Annual report of lunatic asylums [Bombay] - 1912-1922
Year: 1912
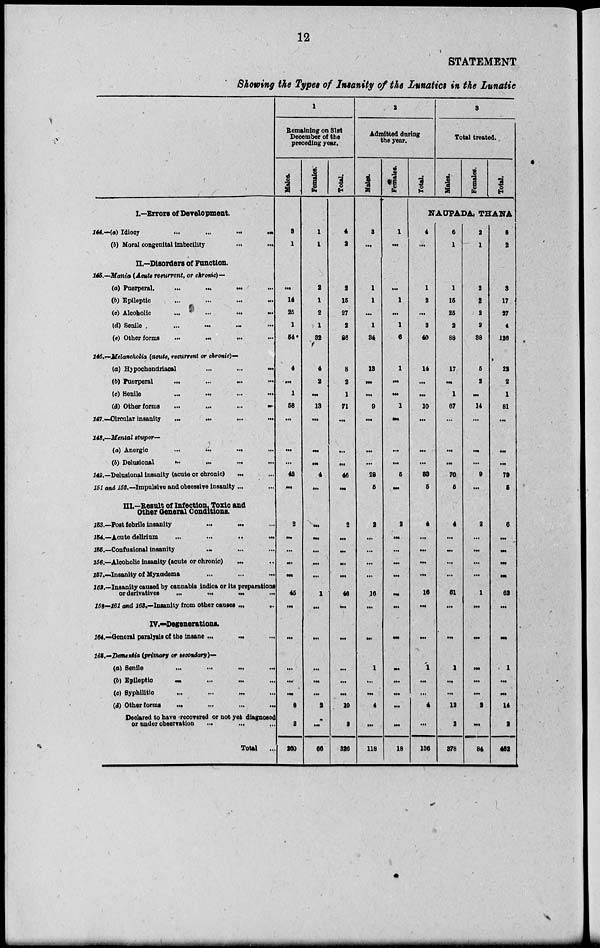
12
STATEMENT
Showing the Types of Insanity of the Lunatics in the Lunatic
I.—Errors of Development.
144.––(a) Idiocy ... ... ... ...
(b) Moral congenital imbecility
...
...
II.—Disorders of Function.
145.—Mania (Acute recurrent, or chronic)—
(a) Puerperal.
...
...
...
...
(b) Epileptic
...
...
...
...
(c) Alcoholic ... ... ... ...
(d) Senile
... ... ...
(e) Other forms
...
...
...
...
146.—Melancholia (acute, recurrent or chronic)––
(a) Hypochondriacal
...
...
...
(b) Puerperal
... ... ... ...
(c)
Senile
...
...
...
...
(d) Other forms ... ... ... ...
147.—Circular
insanity
...
...
...
...
148.—Mental stupor—
(a) Anergic
...
...
...
...
(b) Delusional
...
...
...
...
149.—Delusional insanity (acute or chronic) ... ...
151 and 152.—Impulsive and obsesaive insanity ... ...
III.-Result of Infection, Toxic and
Other General Conditions.
153.—Post febrile insanity
...
...
...
154.–– Acute delirium
...
...
... ...
155.—Confusional insanity ... ... ...
156.––Alcoholic insanity (acute or chronic)
...
157.— Insanity of Myxœdema
...
162.—Insanity caused by cannabis indica or its preparations
or derivatives
...
...
...
...
153—161 md 263.—Insanity from other causes
...
...
IV.—Degenerations.
164.—General paralysis of the insane ...
...
...
165.—Dementia (primary or secondary)—
(a)
Senile
...
...
...
...
(b)
Epileptic
...
...
...
...
(c) Syphilitic ... ... ... ...
(d) Other forms
...
...
...
...
Declared to have recovered or not yet diagnosed
or under observation
...
... ...
Total
...
1
Remaining on 31st
December of the
preceding year.
Males.
3
1
...
14
25
1
54*
4
...
1
58
...
...
...
42
...
2
...
...
...
...
45
...
...
...
...
...
8
2
200
Females.
1
1
1
1
2
1
32
4
2
...
13
...
...
...
4
...
...
...
...
...
...
1
...
...
...
...
...
2
...
66
Total.
4
2
2
15
27
2
86
8
2
1
71
...
...
...
46
...
2
...
...
...
...
46
...
...
...
...
...
10
8
326
2
Admitted during
the year.
Males.
3
...
1
1
...
1
34
18
...
...
9
...
...
...
28
5
2
...
...
...
...
16
...
...
1
...
...
4
...
118
Females.
1
...
...
1
...
1
0
1
...
...
1
...
...
...
5
...
2
...
...
...
...
...
...
...
...
...
...
...
...
18
Total.
3
Total treated.
Males.
Females.
Total.
NAUPADA, THANA
4
...
1
2
...
2
40
14
...
...
10
...
...
...
33
5
4
...
...
...
...
16
...
...
1
...
...
4
...
136
6
1
1
15
25
2
88
17
...
1
67
...
...
...
70
5
4
...
...
...
...
61
...
...
1
...
...
12
2
378
2
1
2
2
2
2
38
5
2
...
14
...
...
...
9
...
2
...
...
...
...
1
...
...
...
...
...
2
...
84
8
2
3
17
27
4
126
22
2
1
81
...
...
...
79
5
6
...
...
...
...
62
...
...
1
...
...
14
2
462